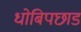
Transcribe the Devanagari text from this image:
धोबिपछाड